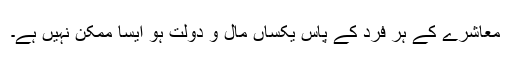
معاشرے کے ہر فرد کے پاس یکساں مال و دولت ہو ایسا ممکن نہیں ہے۔